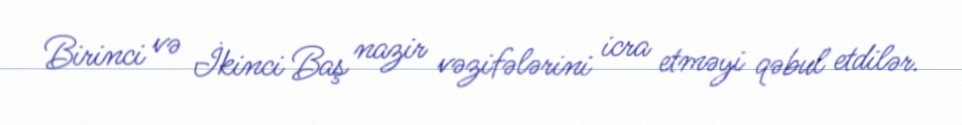
Birinci və İkinci Baş nazir vəzifələrini icra etməyi qəbul etdilər.